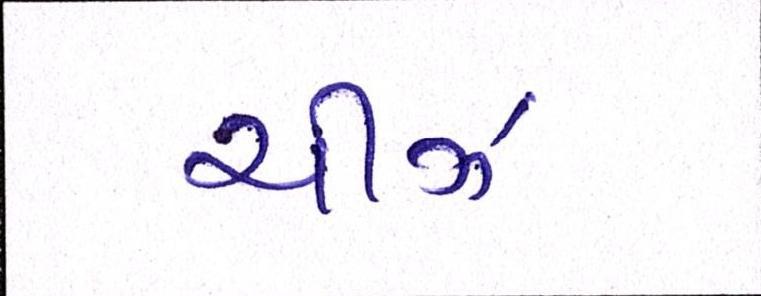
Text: ચીઝ